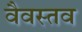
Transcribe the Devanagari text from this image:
वैवस्तव